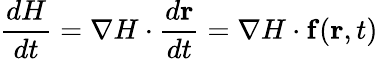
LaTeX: {\frac{dH}{dt}}=\nabla H\cdot{\frac{d\mathbf{r}}{dt}}=\nabla H\cdot\mathbf{f}(\mathbf{r},t)